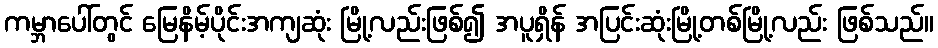
ကမ္ဘာပေါ်တွင် မြေနိမ့်ပိုင်းအကျဆုံး မြို့လည်းဖြစ်၍ အပူရှိန် အပြင်းဆုံးမြို့တစ်မြို့လည်း ဖြစ်သည်။